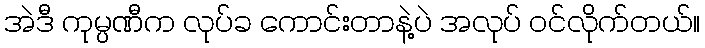
အဲဒီ ကုမ္ပဏီက လုပ်ခ ကောင်းတာနဲ့ပဲ အလုပ် ဝင်လိုက်တယ်။